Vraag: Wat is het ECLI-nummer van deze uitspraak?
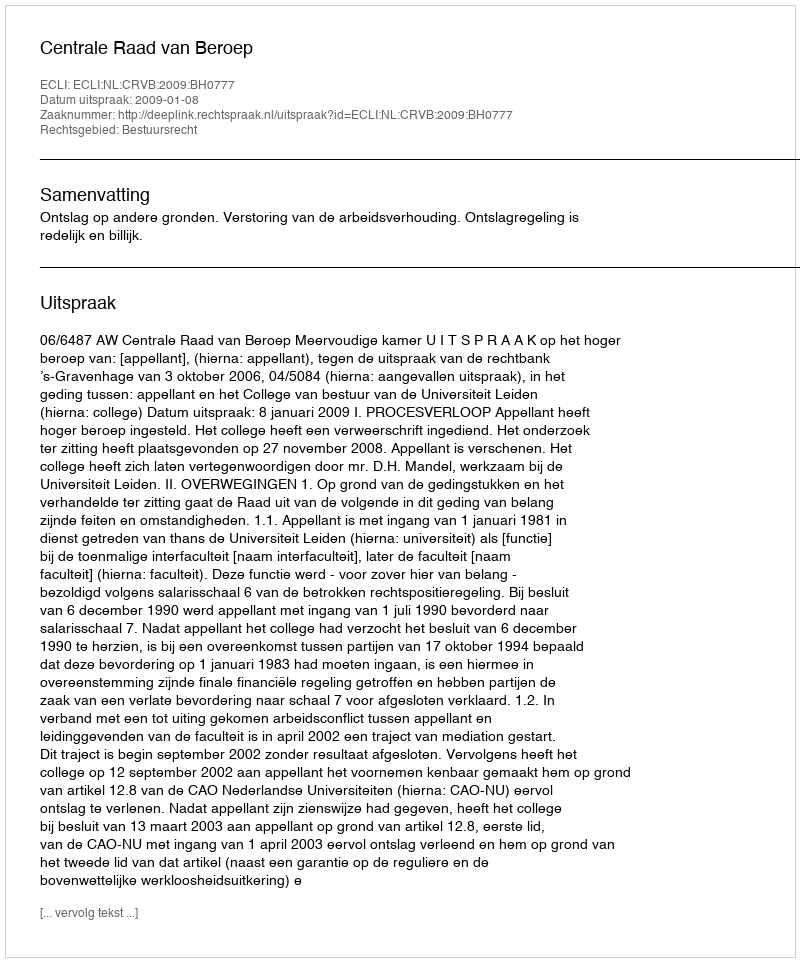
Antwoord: ECLI:NL:CRVB:2009:BH0777